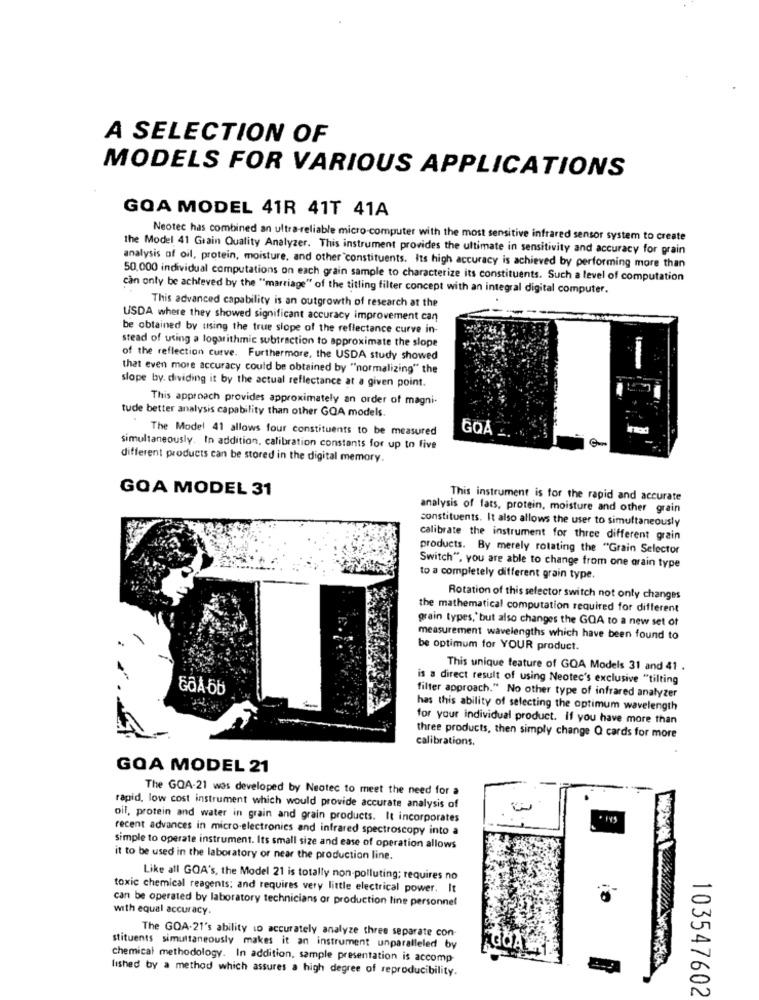
A SELECTION OF
MODELS FOR VARIOUS APPLICATIONS
GOA MODEL 41R 41T 41A
Neotec has combined an ultra-reliable micro-computer with the most sensitive infrared sensor system to create
the Model 41 Grain Quality Analyzer. This instrument provides the ultimate in sensitivity and accuracy for grain
analysis of oil, protein, moisture, and other constituents. Its high accuracy is achieved by performing more than
50.000 individual computations on each grain sample to characterize its constituents. Such a level of computation
can only be achieved by the "marriage" of the titling filter concept with an integral digital computer.
This advanced capability is an outgrowth of research at the
USDA where they showed significant accuracy improvement can
be obtained by using the true slope of the reflectance curve in-
stead of using a logarithmic subtraction to approximate the slope
of the reflection curve. Furthermore, the USDA study showed
that even more accuracy could be obtained by "normalizing" the
slope by. dividing it by the actual reflectance at a given point.
This approach provides approximately an order of magni-
tude better analysis capability than other GOA models.
The Model 41 allows four constituents to be measured
GOA
simultaneously. In addition, calibration constants for up to five
different products can be stored in the digital memory.
GOA MODEL 31
This instrument is for the rapid and accurate
analysis of fats, protein, moisture and other grain
constituents. It also allows the user to simultaneously
calibrate the instrument for three different grain
products. By merely rotating the "Grain Selector
Switch", you are able to change from one orain type
to a completely different grain type.
Rotation of this selector switch not only changes
the mathematical computation required for different
grain types,' but also changes the GOA to a new set of
measurement wavelengths which have been found to
be optimum for YOUR product.
This unique feature of GOA Models 31 and 41 .
is a direct result of using Neotec's exclusive "tilting
filter approach." No other type of infrared analyzer
has this ability of selecting the optimum wavelength
for your individual product. If you have more than
three products, then simply change Q cards for more
calibrations.
GOA MODEL 21
The GOA-21 was developed by Neotec to meet the need for a
rapid, low cost instrument which would provide accurate analysis of
oil, protein and water in grain and grain products. It incorporates
recent advances in micro electronics and infrared spectroscopy into a
simple to operate instrument. Its small size and ease of operation allows
it to be used in the laboratory or near the production line.
Like all GOA's, the Model 21 is totally non-polluting; requires no
toxic chemical reagents: and requires very little electrical power. It
can be operated by laboratory technicians or production line personnel
with equal accuracy.
The GOA.21's ability to accurately analyze three separate con-
stituents simultaneously makes it an instrument unparalleled by
chemical methodology. In addition, sample presentation is accomp
lished by a method which assures a high degree of reproducibility.
103547602